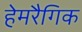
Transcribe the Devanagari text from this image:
हेमरैगिक